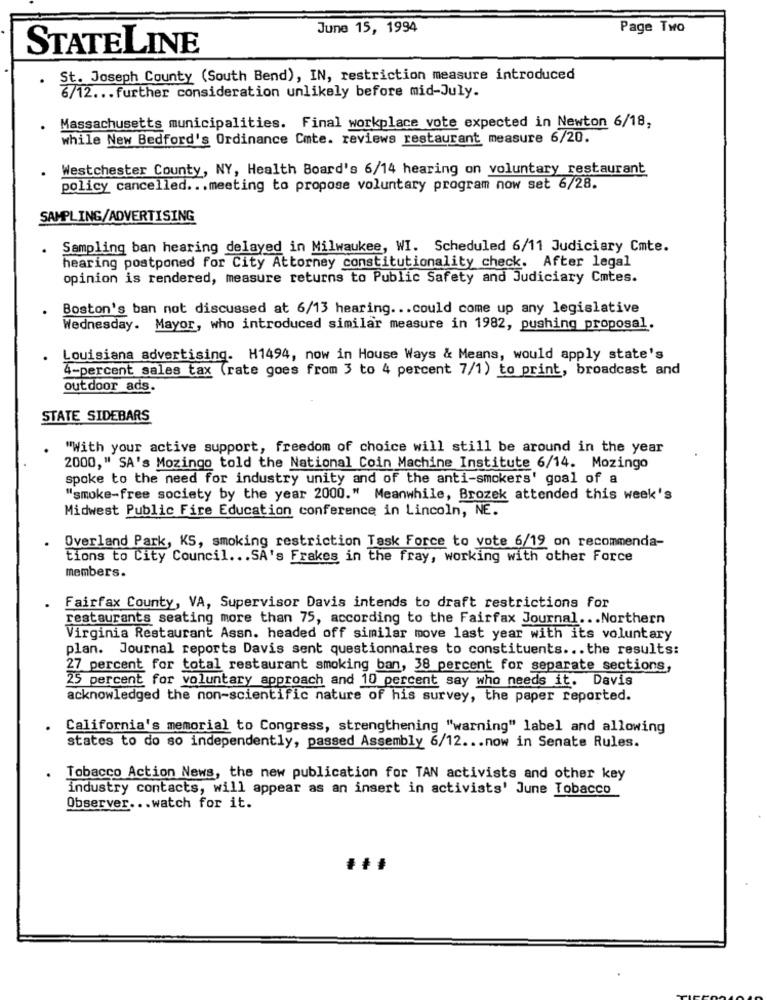
June 15, 1994
Page Two
STATELINE
.
St. Joseph County (South Bend), IN, restriction measure introduced
6/12 ... further consideration unlikely before mid-July.
Massachusetts municipalities. Final workplace vote expected in Newton 6/18,
while New Bedford's Ordinance Cmte. reviews restaurant measure 6/20.
. Westchester County, NY, Health Board's 6/14 hearing on voluntary restaurant
policy cancelled ... meeting to propose voluntary program now set 6/28.
SAMPLING/ADVERTISING
Sampling ban hearing delayed in Milwaukee, WI. Scheduled 6/11 Judiciary Cmte.
hearing postponed for City Attorney constitutionality check. After legal
opinion is rendered, measure returns to Public Safety and Judiciary Cmtes.
Boston's ban not discussed at 6/13 hearing ... could come up any legislative
Wednesday. Mayor, who introduced similar measure in 1982, pushing proposal.
Louisiana advertising. H1494, now in House Ways & Means, would apply state's
4-percent sales tax (rate goes from 3 to 4 percent 7/1) to print, broadcast and
outdoor ads
STATE SIDEBARS
"With your active support, freedom of choice will still be around in the year
2000," SA's Mozingo told the National Coin Machine Institute 6/14. Mozingo
spoke to the need for industry unity and of the anti-smokers' goal of a
"smoke-free society by the year 2000." Meanwhile, Brozek attended this week's
Midwest Public Fire Education conference in Lincoln, NE.
Overland Park, KS, smoking restriction Task Force to vote 6/19 on recommenda-
tions to City Council ... SA's Frakes in the fray, working with other Force
members.
Fairfax County, VA, Supervisor Davis intends to draft restrictions for
restaurants seating more than 75, according to the Fairfax Journal ... Northern
Virginia Restaurant Assn. headed off similar move last year with its voluntary
plan. Journal reports Davis sent questionnaires to constituents ... the results:
27 percent for total restaurant smoking ban, 38 percent for separate sections,
25 percent for voluntary approach and 10 percent say who needs it. Davis
acknowledged the non-scientific nature of his survey, the paper reported.
California's memorial to Congress, strengthening "warning" label and allowing
states to do so independently, passed Assembly 6/12 ... now in Senate Rules.
Tobacco Action News, the new publication for TAN activists and other key
industry contacts, will appear as an insert in activists' June Tobacco
Observer ... watch for it.